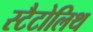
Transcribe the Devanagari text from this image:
स्टैटोलिथ